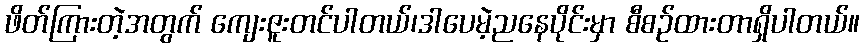
ဖိတ်ကြားတဲ့အတွက် ကျေးဇူးတင်ပါတယ်၊ဒါပေမဲ့ညနေပိုင်းမှာ စီစဉ်ထားတာရှိပါတယ်။